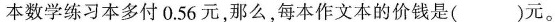
本数学练习本多付0.56元，那么，每本作文本的价钱是()元。